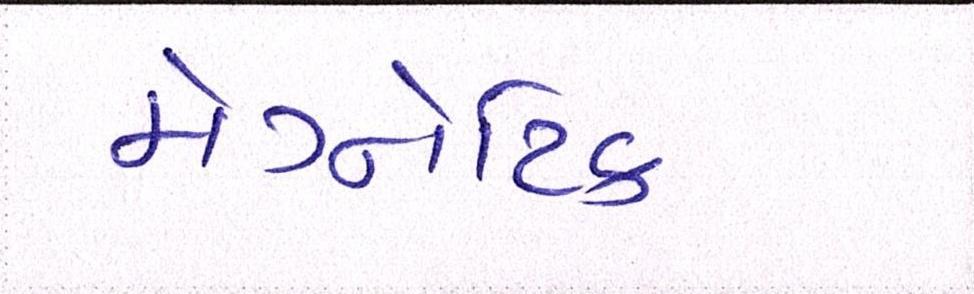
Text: મેગ્નેટિક